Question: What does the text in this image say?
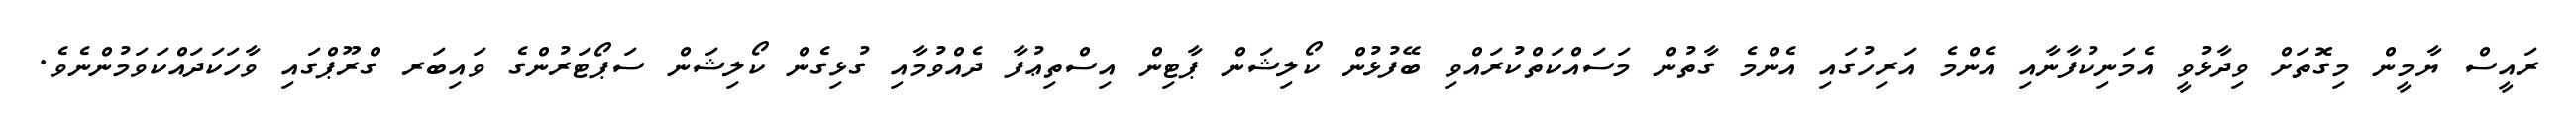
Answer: ރައީސް ޔާމީން މިގޮތަށް ވިދާޅުވީ އެމަނިކުފާނާއި އެންމެ އަރިހުގައި އެންމެ ގާތުން މަސައްކަތްކުރައްވި ބޭފުޅުން ކޯލިޝަން ޕާޓިން އިސްތިޢުފާ ދެއްވުމާއި ގުޅިގެން ކޯލިޝަން ސަޕޯޓަރުންގެ ވައިބަރ ގްރޫޕްގައި ވާހަކަދައްކަވަމުންނެވެ.